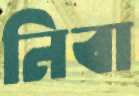
নিবা